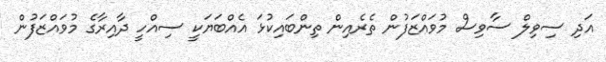
އަދި ސިވިލް ސާވިސް މުވައްޒަފުން ތެރެއިން ތިންބައިކުޅަ އެއްބަޔަކީ ސިއްހީ ދާއިރާގެ މުވައްޒަފުން